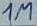
Text: 1M